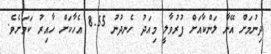
ދިނުމަށް އޭނާ ލަންކާއަށް ފުރުވާލީ މިއަދު ހެނދުނު 8.55 އެހާކަށް ހާއިރު ކަމަށެވެ.